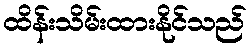
ထိန်းသိမ်းထားနိုင်သည်